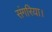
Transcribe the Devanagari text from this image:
संगरिया।